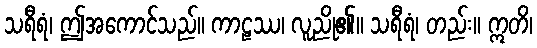
သရီရံ၊ ဤအကောင်သည်။ ကာဠဿ၊ လူညို၏။ သရီရံ၊ တည်း။ ဣတိ၊